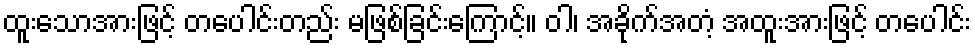
ထူးသောအားဖြင့် တပေါင်းတည်း မဖြစ်ခြင်းကြောင့်။ ဝါ၊ အခိုက်အတံ့ အထူးအားဖြင့် တပေါင်း